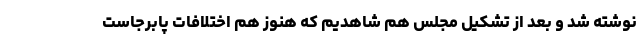
نوشته شد و بعد از تشکیل مجلس هم شاهدیم که هنوز هم اختلافات پابرجاست